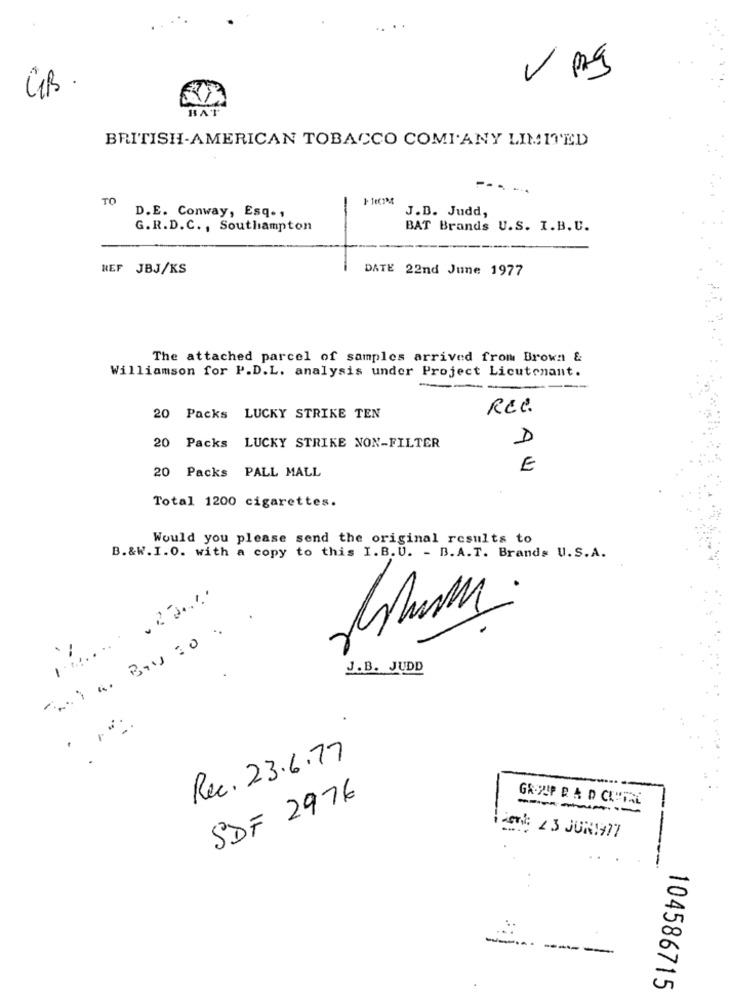
GB
BAT
BRITISH-AMERICAN TOBACCO COMPANY LIMITED
TO
J.D. Judd,
D.E. Conway, Esq. ,
G.R.D.C ., Southampton
BAT Brands U.S. I.B.U.
REF JBJ/KS
DATE 22nd June 1977
The attached parcel of samples arrived from Brown &
Williamson for P.D.L. analysis under Project Licutenant.
REC.
20 Packs LUCKY STRIKE TEN
D
20 Packs LUCKY STRIKE NON-FILTER
20 Packs PALL MALL
E
Total 1200 cigarettes.
Would you please send the original results to
B.&W.I.O. with a copy to this I. B. U. - B. A.T. Brands U.S.A.
J.B. JUDD
Rec. 23.6.77
SDF 2976
GR.ZIP R A D CLUSTAL
-...
--
104586715